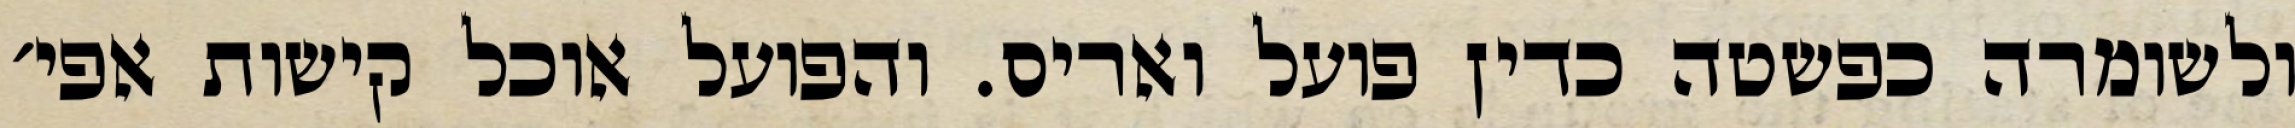
ולשומרה כפשטה כדין פועל ואריס. והפועל אוכל קישות אפי׳